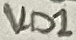
Text: VD1